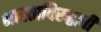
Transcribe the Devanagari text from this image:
भारताविरुद्धची